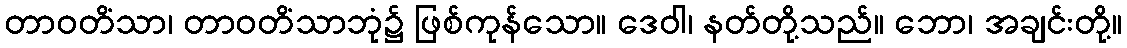
တာဝတိံသာ၊ တာဝတိံသာဘုံ၌ ဖြစ်ကုန်သော။ ဒေဝါ၊ နတ်တို့သည်။ ဘော၊ အချင်းတို့။